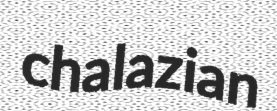
chalazian